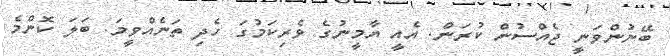
ބޭނުންވަނީ ޖެއްސުން ކުރަން. އެއީ ޔާމީނުގެ ވެރިކަމުގަ ހެދި ތަނެއްވީމަ. ބަލަ ކޮންމެ